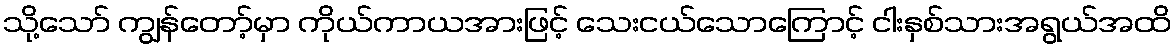
သို့သော် ကျွန်တော့်မှာ ကိုယ်ကာယအားဖြင့် သေးငယ်သောကြောင့် ငါးနှစ်သားအရွယ်အထိ